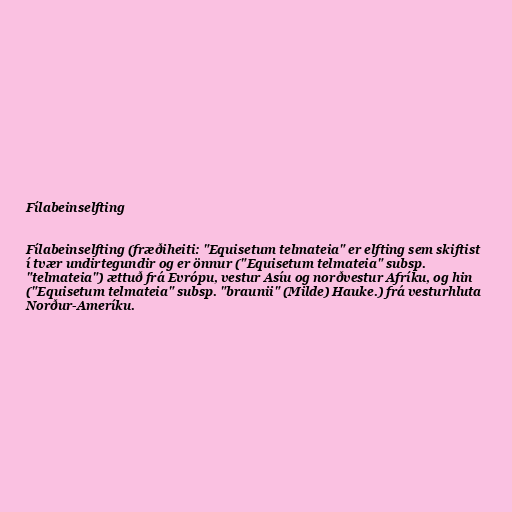
Fílabeinselfting

Fílabeinselfting (fræðiheiti: "Equisetum telmateia" er elfting sem skiftist
í tvær undirtegundir og er önnur ("Equisetum telmateia" subsp.
"telmateia") ættuð frá Evrópu, vestur Asíu og norðvestur Afríku, og hin
("Equisetum telmateia" subsp. "braunii" (Milde) Hauke.) frá vesturhluta
Norður-Ameríku.